Indian journal of veterinary science and animal husbandry - Volume 9,
Year: 1939
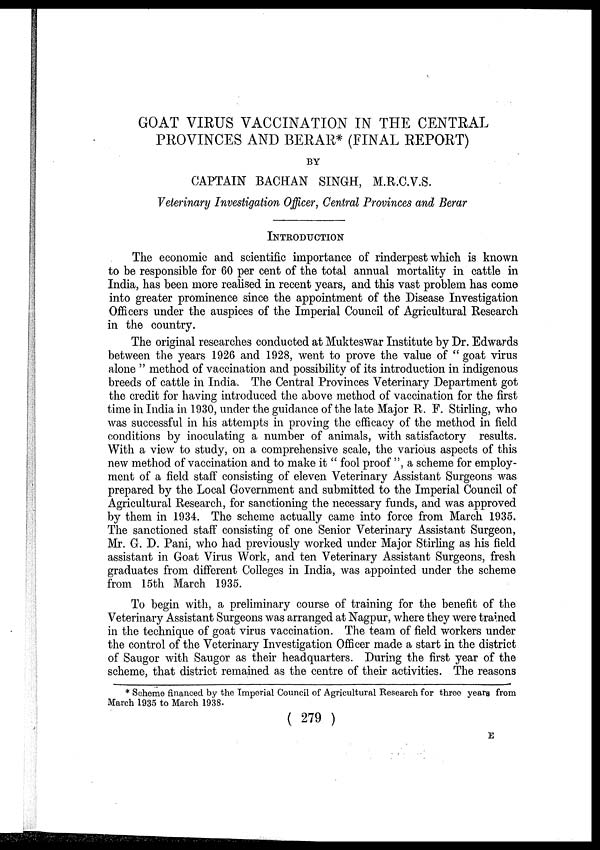
GOAT VIRUS VACCINATION IN THE CENTRAL
PROVINCES AND BERAR* (FINAL REPORT)
BY
CAPTAIN BACHAN SINGH, M.R.C.V.S.
Veterinary Investigation Officer, Central Provinces and Berar
INTRODUCTION
The economic and scientific importance of rinderpest which is known
to be responsible for 60 per cent of the total annual mortality in cattle in
India, has been more realised in recent years, and this vast problem has come
into greater prominence since the appointment of the Disease Investigation
Officers under the auspices of the Imperial Council of Agricultural Research
in the country.
The original researches conducted at Mukteswar Institute by Dr. Edwards
between the years 1926 and 1928, went to prove the value of " goat virus
alone " method of vaccination and possibility of its introduction in indigenous
breeds of cattle in India. The Central Provinces Veterinary Department got
the credit for having introduced the above method of vaccination for the first
time in India in 1930, under the guidance of the late Major R. F. Stirling, who
was successful in his attempts in proving the efficacy of the method in field
conditions by inoculating a number of animals, with satisfactory results.
With a view to study, on a comprehensive scale, the various aspects of this
new method of vaccination and to make it " fool proof ", a scheme for employ-
ment of a field staff consisting of eleven Veterinary Assistant Surgeons was
prepared by the Local Government and submitted to the Imperial Council of
Agricultural Research, for sanctioning the necessary funds, and was approved
by them in 1934. The scheme actually came into force from March 1935.
The sanctioned staff consisting of one Senior Veterinary Assistant Surgeon,
Mr. G. D. Pani, who had previously worked under Major Stirling as his field
assistant in Goat Virus Work, and ten Veterinary Assistant Surgeons, fresh
graduates from different Colleges in India, was appointed under the scheme
from 15th March 1935.
To begin with, a preliminary course of training for the benefit of the
Veterinary Assistant Surgeons was arranged at Nagpur, where they were trained
in the technique of goat virus vaccination. The team of field workers under
the control of the Veterinary Investigation Officer made a start in the district
of Saugor with Saugor as their headquarters. During the first year of the
scheme, that district remained as the centre of their activities. The reasons
* Scheme financed by the Imperial Council of Agricultural Research for three years from
March 1935 to March 1938.
( 279 )
E